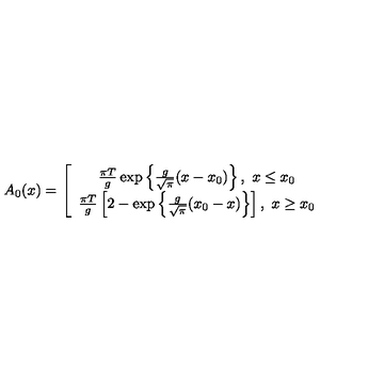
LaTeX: A _ { 0 } ( x ) = \left[ \begin{array} { c } { \frac { \pi T } g \exp \left\{ \frac g { \sqrt { \pi } } ( x - x _ { 0 } ) \right\} , \ x \leq x _ { 0 } } \\ { \frac { \pi T } g \left[ 2 - \exp \left\{ \frac g { \sqrt { \pi } } ( x _ { 0 } - x ) \right\} \right] , \ x \geq x _ { 0 } } \\ \end{array} \right.